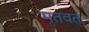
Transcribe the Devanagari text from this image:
मृतवत्‌